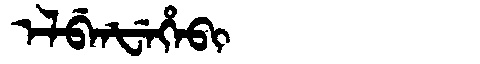
Manchu: ᡝᠯᠪᡝᠨᡶᡝᡥᡝᠪᡳ
Romanization: ELBENFEHEBI